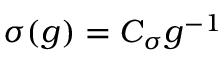
\sigma ( g ) = C _ { \sigma } g ^ { - 1 }